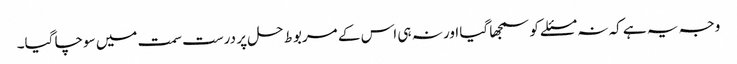
وجہ یہ ہے کہ نہ مسئلے کو سمجھا گیا اور نہ ہی اس کے مربوط حل پر درست سمت میں سوچا گیا۔